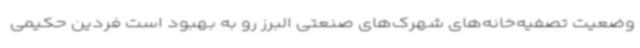
وضعیت تصفیه‌خانه‌های شهرک‌های صنعتی البرز رو به بهبود است فردین حکیمی